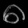
Digit: ၈